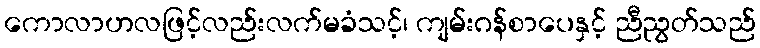
ကောလာဟလဖြင့်လည်းလက်မခံသင့်၊ ကျမ်းဂန်စာပေနှင့် ညီညွတ်သည်